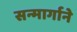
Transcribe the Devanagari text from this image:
सन्मार्गाने